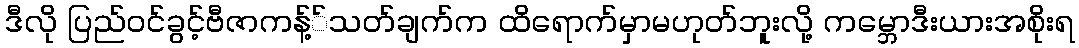
ဒီလို ပြည်ဝင်ခွင့်ဗီဇာကန့််သတ်ချက်က ထိရောက်မှာမဟုတ်ဘူးလို့ ကမ္ဘောဒီးယားအစိုးရ